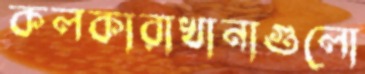
কলকারাখানাগুলো